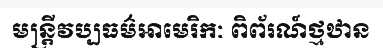
មន្ត្រីវប្បធម៌អាមេរិកៈ ពិព័រណ៍ថ្មឋាន